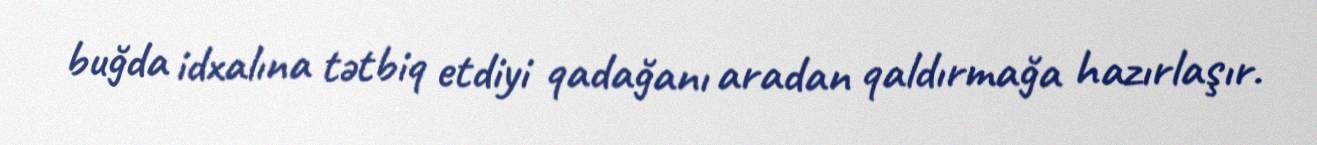
buğda idxalına tətbiq etdiyi qadağanı aradan qaldırmağa hazırlaşır.